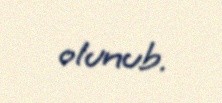
olunub.